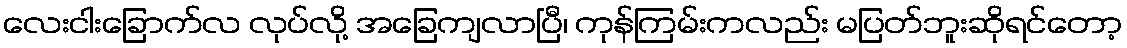
လေးငါးခြောက်လ လုပ်လို့ အခြေကျလာပြီ၊ ကုန်ကြမ်းကလည်း မပြတ်ဘူးဆိုရင်တော့